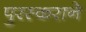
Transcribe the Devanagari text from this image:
पुरस्कराने